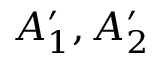
A _ { 1 } ^ { \prime } , A _ { 2 } ^ { \prime }